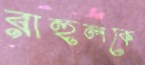
রাহুলকে